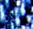
فايفر